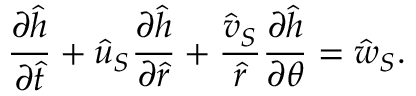
\frac { \partial \hat { h } } { \partial \hat { t } } + \hat { u } _ { S } \frac { \partial \hat { h } } { \partial \hat { r } } + \frac { \hat { v } _ { S } } { \hat { r } } \frac { \partial \hat { h } } { \partial \theta } = \hat { w } _ { S } .